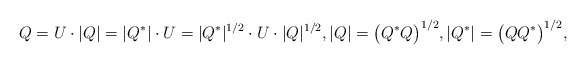
\begin{align*} Q = U \cdot |Q| = |Q^*| \cdot U = |Q^*|^{1/2} \cdot U \cdot |Q|^{1/2}, |Q| = \bigl(Q^*Q\bigr)^{1/2}, |Q^*| = \bigl(Q Q^*\bigr)^{1/2},\end{align*}